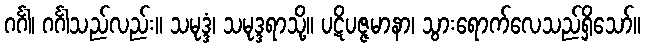
ဂင်္ဂါ၊ ဂင်္ဂါသည်လည်း။ သမုဒ္ဒံ၊ သမုဒ္ဒရာသို့။ ပဋိပဇ္ဇမာနာ၊ သွားရောက်လေသည်ရှိသော်။